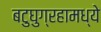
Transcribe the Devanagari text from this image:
बटुघुग्रहामध्ये